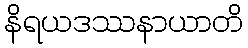
နိရယဒဿနာယာတိ